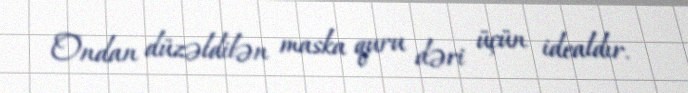
Ondan düzəldilən maska quru dəri üçün idealdır.